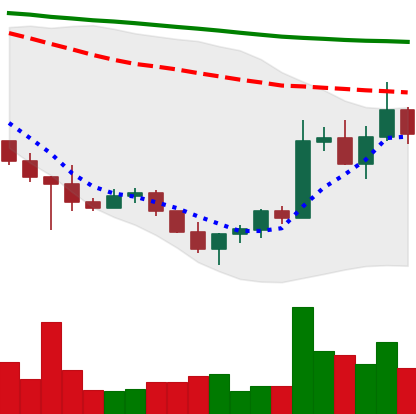
Ticker: ADA-USD
Chart end date: 2022-10-30
Forward return: 3.812%
Label: up_3_5